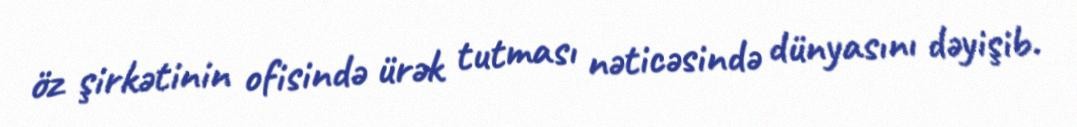
öz şirkətinin ofisində ürək tutması nəticəsində dünyasını dəyişib.